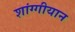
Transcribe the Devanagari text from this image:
शांग्गीयान